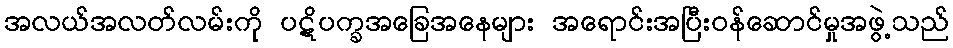
အလယ်အလတ်လမ်းကို ပဋိပက္ခအခြေအနေများ အရောင်းအပြီးဝန်ဆောင်မှုအဖွဲ့သည်